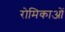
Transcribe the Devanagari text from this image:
रोमिकाओं